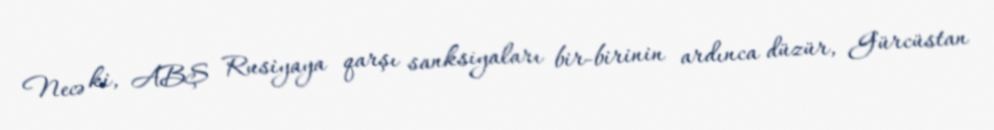
Necə ki, ABŞ Rusiyaya qarşı sanksiyaları bir-birinin ardınca düzür, Gürcüstan